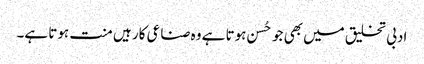
ادبی تخلیق میں بھی جو حُسن ہوتا ہے وہ صناعی کار ہیں منت ہوتا ہے۔